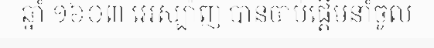
ឆ្នាំ ១៦០៣ អេស្ប៉ាញ បានចាប់ផ្តើមនាំចូល